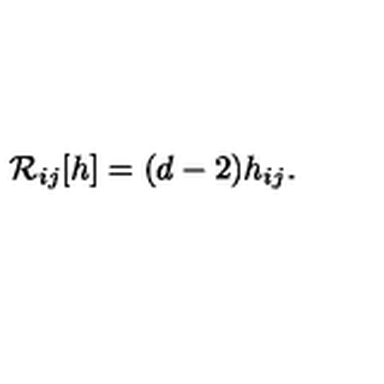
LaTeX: { \cal R } _ { i j } [ h ] = ( d - 2 ) h _ { i j } .